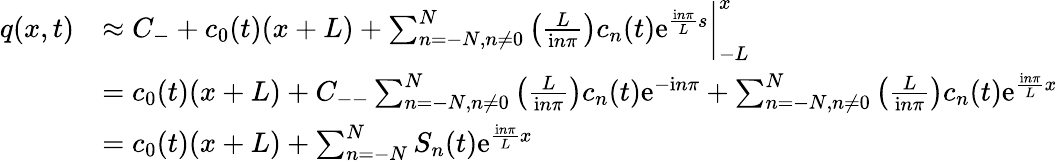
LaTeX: \begin{array}{rl}{q(x,t)}&{\approx C_{-}+c_{0}(t)(x+L)+\sum_{n=-N,n\neq 0}^{N}\left(\frac{L}{\mathrm in\pi}\right)c_{n}(t)\mathrm e^{\frac{\mathrm in\pi}{L}s}\biggr|_{-L}^{x}}\\ &{=c_{0}(t)(x+L)+C_{--}\sum_{n=-N,n\neq 0}^{N}\left(\frac{L}{\mathrm in\pi}\right)c_{n}(t)\mathrm e^{-\mathrm in\pi}+\sum_{n=-N,n\neq 0}^{N}\left(\frac{L}{\mathrm in\pi}\right)c_{n}(t)\mathrm e^{\frac{\mathrm in\pi}{L}x}}\\ &{=c_{0}(t)(x+L)+\sum_{n=-N}^{N}S_{n}(t)\mathrm e^{\frac{\mathrm in\pi}{L}x}}\end{array}